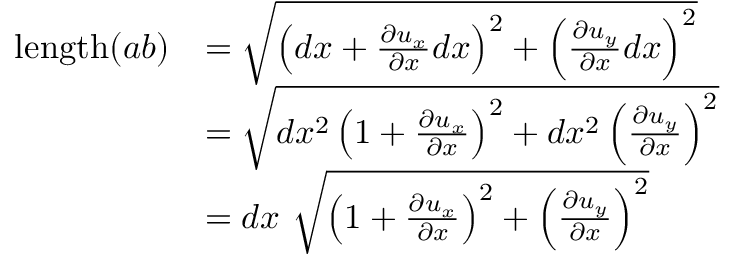
{ \begin{array} { r l } { \mathrm { l e n g t h } ( a b ) } & { = { \sqrt { \left( d x + { \frac { \partial u _ { x } } { \partial x } } d x \right) ^ { 2 } + \left( { \frac { \partial u _ { y } } { \partial x } } d x \right) ^ { 2 } } } } \\ & { = { \sqrt { d x ^ { 2 } \left( 1 + { \frac { \partial u _ { x } } { \partial x } } \right) ^ { 2 } + d x ^ { 2 } \left( { \frac { \partial u _ { y } } { \partial x } } \right) ^ { 2 } } } } \\ & { = d x ~ { \sqrt { \left( 1 + { \frac { \partial u _ { x } } { \partial x } } \right) ^ { 2 } + \left( { \frac { \partial u _ { y } } { \partial x } } \right) ^ { 2 } } } } \end{array} }